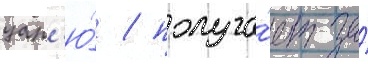
цар'ю́ / получа́ет за́